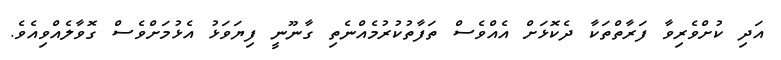
އަދި ކުށްވެރިވާ ފަރާތްތަކާ ދެކޮޅަށް އެއްވެސް ތަފާތުކުރުމެއްނެތި ގާނޫނީ ފިޔަވަޅު އެޅުމަށްވެސް ގޮވާލެއްވިއެވެ.